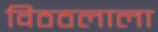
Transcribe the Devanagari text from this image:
विठठलाला